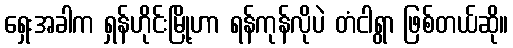
ရှေးအခါက ရှန်ဟိုင်းမြို့ဟာ ရန်ကုန်လိုပဲ တံငါရွာ ဖြစ်တယ်ဆို။